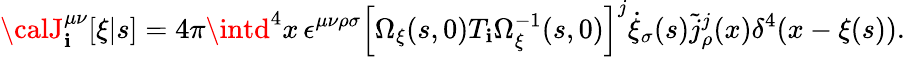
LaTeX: {\calJ}_{\mathbf{i}}^{\mu\nu}[\xi|s]=4\pi\intd^{4}x\, \epsilon^{\mu\nu\rho\sigma}\left[\Omega_{\xi}(s,0)T_{\mathbf{i}}\Omega_{\xi}^{-1}(s,0)\right]^{j}\dot{{\xi}}_{\sigma}(s)\widetilde{{j}}_{\rho}^{j}(x)\delta^{4}(x-\xi(s)).